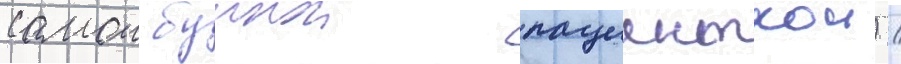
самои буинои пациенткои) /